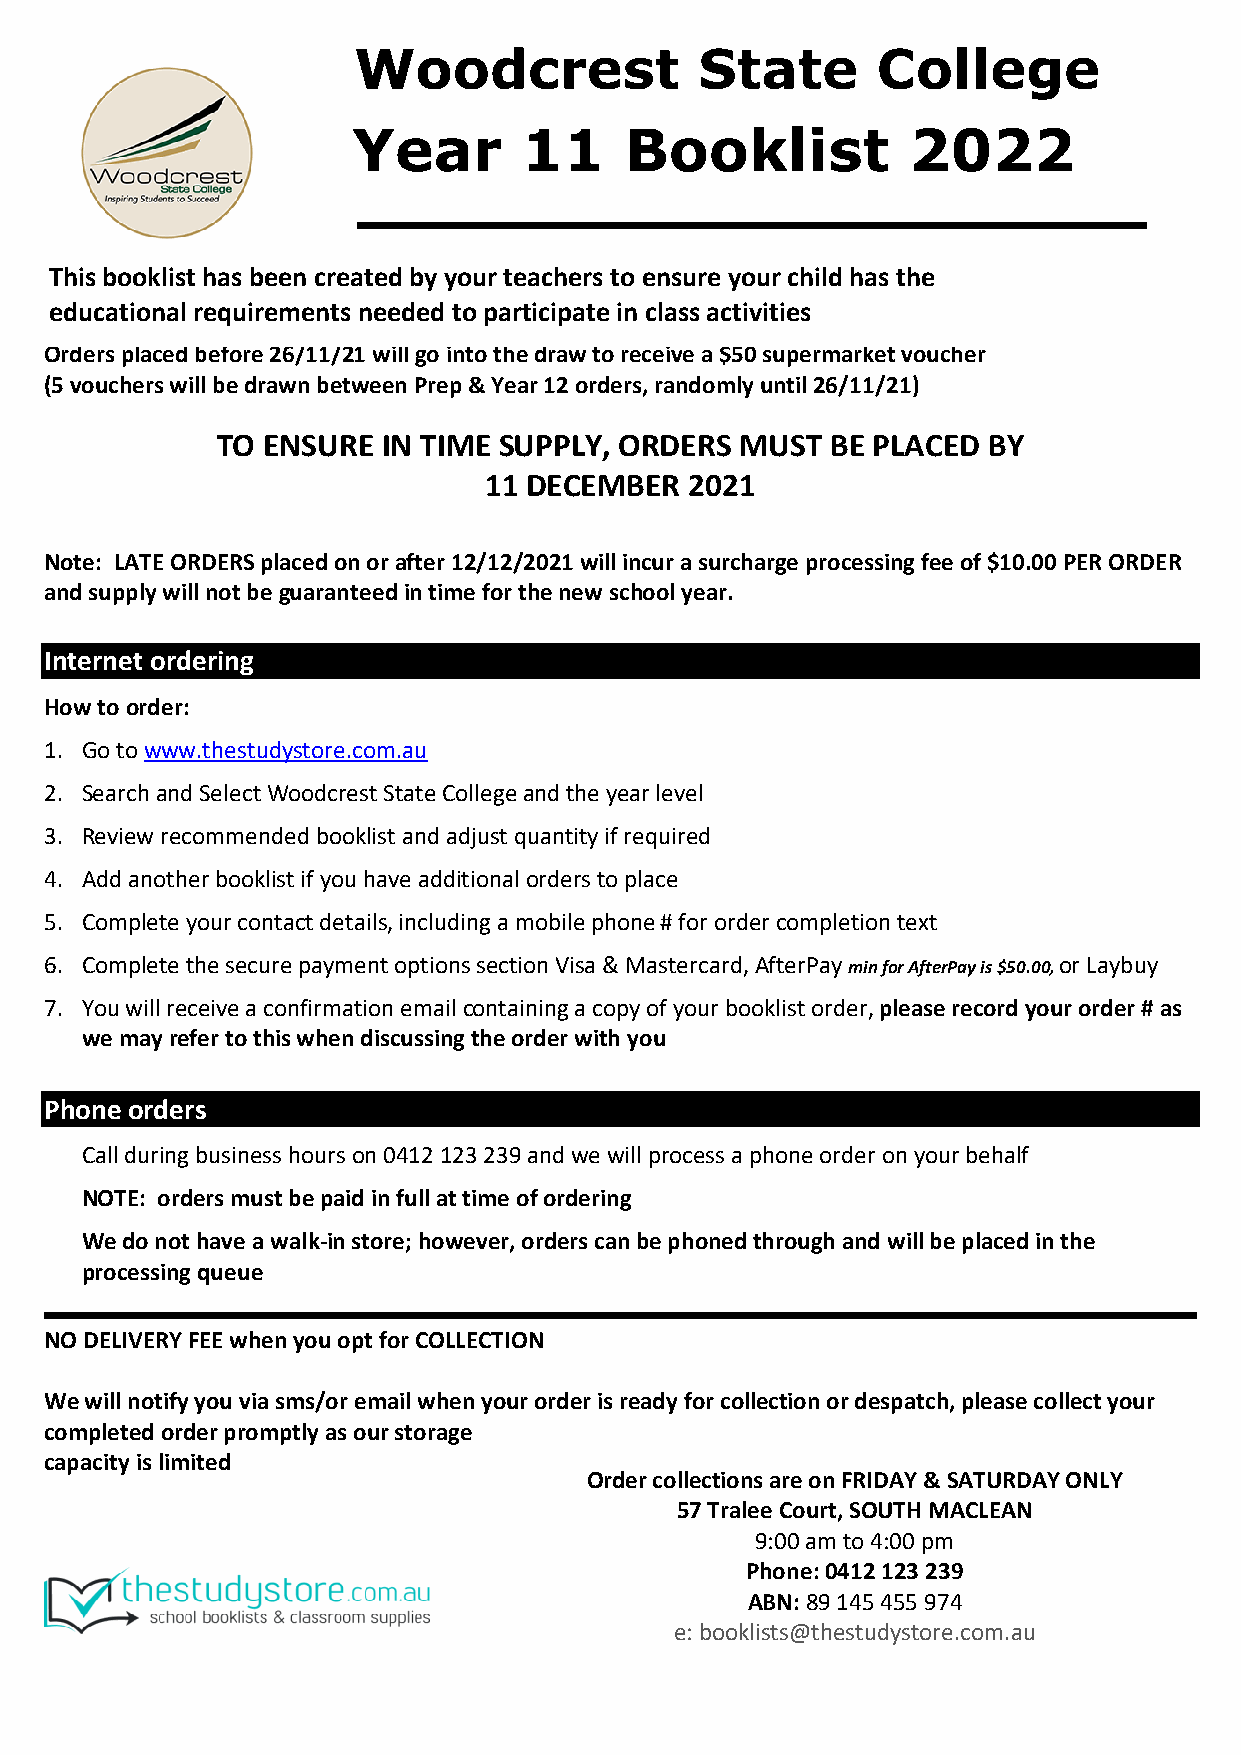
Woodcrest              State       College
 Year        11    Booklist           2022
 This booklist has been created by your teachers to ensure your child has the
 educational requirements needed to participate i n class activities
 Orders placed before 26/11/21 will go into the draw to receive a $50 supermarket voucher
 (5 vouchers will be drawn between Prep & Year 12 orders, randomly until 26/11/21)
 TO ENSURE  IN TIME SUPPLY, ORDERS  MUST  BE PLACED BY
 11 DECEMBER   2021
 Note: LATE ORDERS placed on or after 12/12/2021 will incur a surcharge processing fee of $10.00 PER ORDER
 and supply will not be guaranteed in time for the new school year.
 Internet ordering
 How to order:
 1. Go to www.thestudystore.com.au
 2. Search and Select Woodcrest State College and the year level
 3. Review recommended booklist and adjust quantity if required
 4. Add another booklist if you have additional orders to place
 5. Complete your contact details, including a mobile phone # for order completion text
 6. Complete the secure payment options section Visa & Mastercard, AfterPay min for AfterPay is $50.00, or Laybuy
 7. You will receive a confirmation email containing a copy of your booklist order, please record your order # as
 we may refer to this when discussing the order with you
 Phone orders
 Call during business hours on 0412 123 239 and we will process a phone order on your behalf
 NOTE: orders must be paid in full at time of ordering
 We do not have a walk-in store; however, orders can be phoned through and will be placed in the
 processing queue
 NO DELIVERY FEE when you opt for COLLECTION
 We will notify you via sms/or email when your order is ready for collection or despatch, please collect your
 completed order promptly as our storage
 capacity is limited
 Order collections are on FRIDAY & SATURDAY ONLY
 57 Tralee Court, SOUTH MACLEAN
 9:00 am to 4:00 pm
 Phone: 0412 123 239
 ABN: 89 145 455 974
 e: booklists@thestudystore.com.au